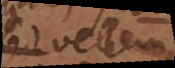
Sed vellem